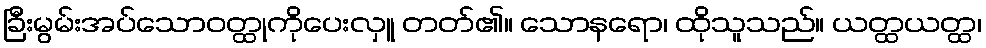
ခြီးမွမ်းအပ်သောဝတ္ထုကိုပေးလှူ တတ်၏။ သောနရော၊ ထိုသူသည်။ ယတ္ထယတ္ထ၊